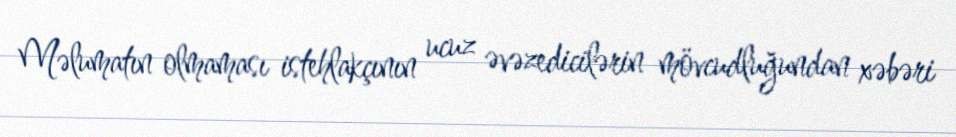
Məlumatın olmaması istehlakçının ucuz əvəzedicilərin mövcudluğundan xəbəri